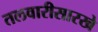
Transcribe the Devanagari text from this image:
तलवारीसारखे